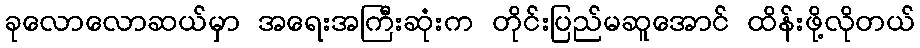
ခုလောလောဆယ်မှာ အရေးအကြီးဆုံးက တိုင်းပြည်မဆူအောင် ထိန်းဖို့လိုတယ်